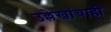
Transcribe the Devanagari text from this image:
उल्लेखांचाही